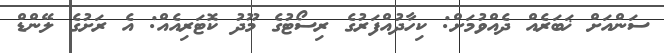
ސަންއަށް ޚަބަރެއް ދެއްވުމަށް: ކިހާދުއްފަރުގެ ރިސޯޓުގެ މޫދު ކޮޓަރިއެއް: އެ ރަށުގެ ލޭންޑް